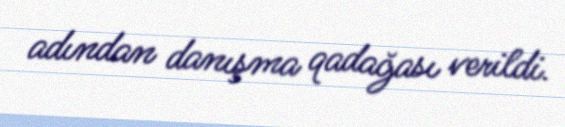
adından danışma qadağası verildi.